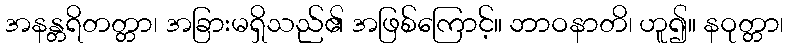
အနန္တရိတတ္တာ၊ အခြားမရှိသည်၏ အဖြစ်ကြောင့်။ ဘာဝနာတိ၊ ဟူ၍။ နဝုတ္တာ၊